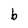
Character: b